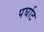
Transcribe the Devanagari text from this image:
पर्घाट